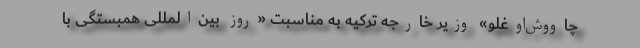
چاووش‌اوغلو» وزیر خارجه ترکیه به مناسبت «روز بین‌المللی همبستگی با